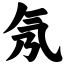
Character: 氖